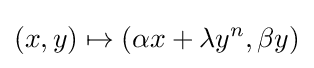
(x,y)\mapsto (\alpha x+\lambda y^{n},\beta y)